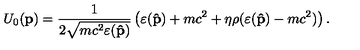
U _ { 0 } ( { \bf p } ) = \frac { 1 } { 2 \sqrt { m c ^ { 2 } \varepsilon ( { \bf \hat { p } } ) } } \left( \varepsilon ( { \bf \hat { p } } ) + m c ^ { 2 } + \eta \rho ( \varepsilon ( { \bf \hat { p } } ) - m c ^ { 2 } ) \right) .